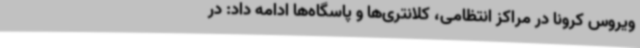
ویروس کرونا در مراکز انتظامی، کلانتری‌ها و پاسگاه‌ها ادامه داد: در